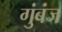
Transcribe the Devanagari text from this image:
गुंबंज